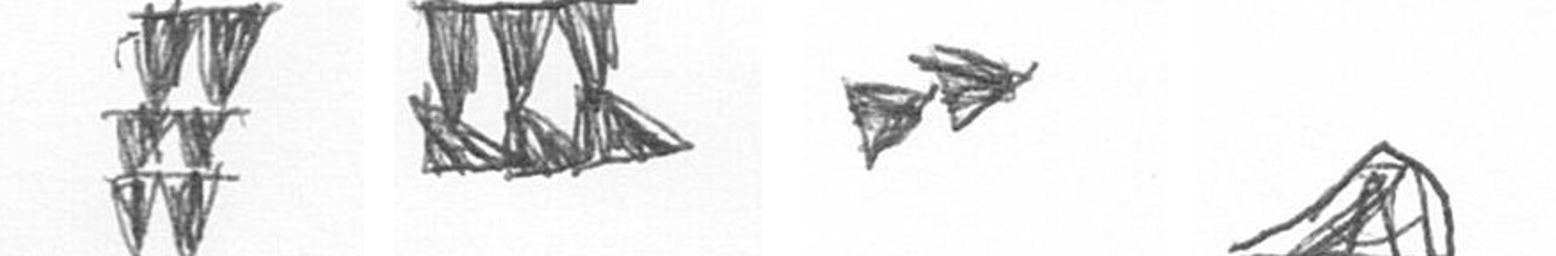
Y D A O